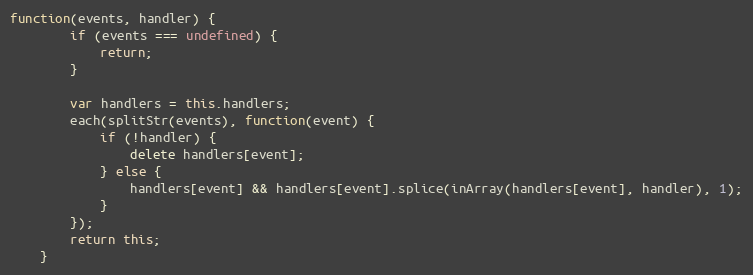
Language: JavaScript
function(events, handler) {
        if (events === undefined) {
            return;
        }

        var handlers = this.handlers;
        each(splitStr(events), function(event) {
            if (!handler) {
                delete handlers[event];
            } else {
                handlers[event] && handlers[event].splice(inArray(handlers[event], handler), 1);
            }
        });
        return this;
    }